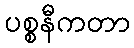
ပစ္စနီကတာ